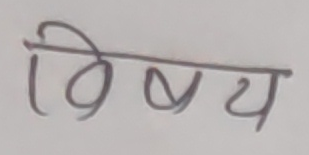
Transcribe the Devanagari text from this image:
विषय